Sanitation, dispensaries and jails vaccination Rajputana 1922-1927 - 1922-1927
Year: 1922
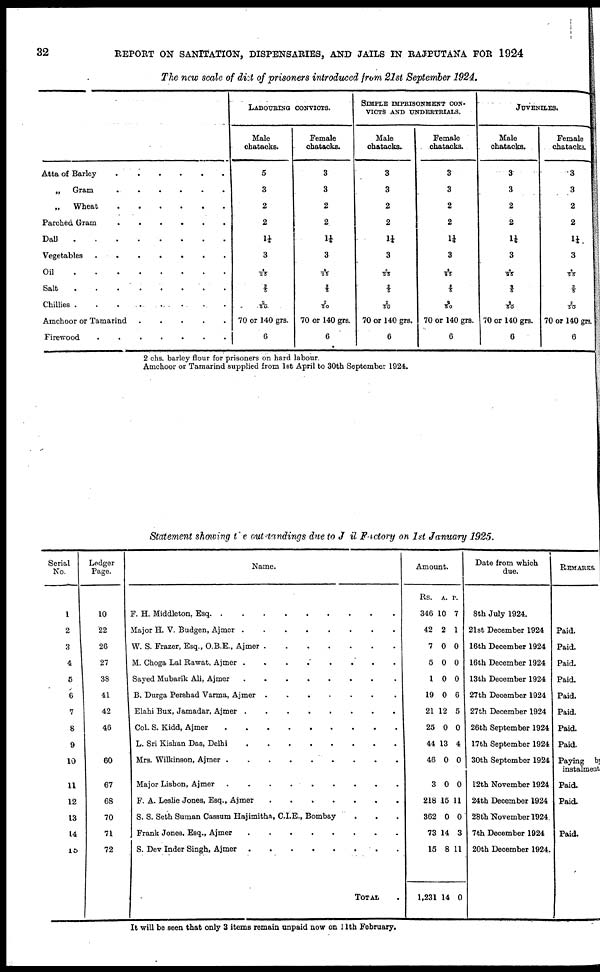
32
REPORT ON SANITATION, DISPENSARIES, AND JAILS IN RAJPUTANA FOR 1924
The new scale of dist of prisoners introduced from 21st September 1924.
Atta of Barley
„
Gram
...
„
Wheat
Parched Gram
Dall
Vegetables
........
Oil
Salt
........
Chillies
..........
Amchoor or Tamarind
.
.
.
.
.
Firewood
.......
LABOURING CONVICTS.
Male
chatacks.
5
3
2
2
1¼
3
4/25
2/5
2/50
70 or 140 grs.
6
Female
chatacks.
3
3
2
2
1¼
3
4/25
2/5
2/50
70 or 140 grs.
6
SIMPLE IMPRISONMENT CON-
----- AND UNDERTRIALS.
Male
chatacks.
3
3
2
2
1¼
3
4/25
2/5
2/50
70 or 140 grs.
6
Female
chatacks.
3
3
2
2
1¼
3
4/25
2/5
2/50
70 or 140 grs.
6
JUVENILES.
Male
chatacks.
3
3
2
2
1¼
3
4/25
2/5
2/50
70 or 140 grs.
6
Female
chatacks.
3
3
2
2
1¼.
3
4/25
2/5
2/50
70 or 140 grs.
6
2 chs. barley flour for prisoners on hard labour.
Amchoor or Tamarind supplied from 1st April to 30th September 1924.
Statement showing the outstandings due to Jail Factory on 1st January 1925.
Serial
No.
1
2
3
4
5
6
7
8
9
10
11
12
13
14
15
Ledger
Page.
10
22
26
27
38
41
42
46
60
67
68
70
71
72
Name.
F.H.Middleton, Esq ..........
Major H. V. Budgen, Ajmer
........
W. S. Frazer, Esq., O.B.E., Ajmer
M. Choga Lal Rawat, Ajmer
........
Sayed Mubarik Ali Ajmer ..........
B. Durga Pershad Varma, Ajmer
......
Elahi Bus, Jamadar, Ajmer
Col. S. Kidd, Ajmer
L.Sri Kishan . Ajmer ........
Mrs. Wilkinson, Ajmer
.........
Major Lisbon, Ajmer ........
F.A.Leslie Jones, Esq., Ajmer ........
S. S. Seth Suman Cassum Hajimitha, C.I.E., Bombay
...
Frank Jones Esq., Ajmer ........
S. Dev Inder Singh, Ajmer
TOTAL .
Amount.
Rs.
346
42
7
5
1
19
21
25
44
46
3
218
362
73
15
1,231
A.
10
2
0
0
0
0
12
0
13
0
0
15
0
14
8
14
P.
7
1
0
0
0
6
5
0
4
0
0
11
0
3
11
0
Date from which
due.
8th July 1924.
21st December 1924
16th December 1924
16th December 1924
13th December 1924
27th December 1924
27th December 1924
26th September 1924
17th September 1924
30th September 1924
12th November 1924
24th December 1924
28th. November 1924.
7th December 1924
20th December 1924.
REMARKS.
Paid.
Paid.
Paid.
Paid.
Paid.
Paid.
Paid.
Paid.
Paying by
instalment
Paid.
Paid.
Paid.
It will be seen that only 3 items remain unpaid now on 11th February.